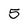
Character: 5